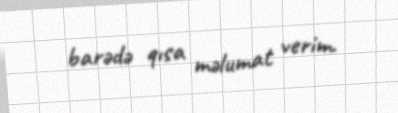
barədə qısa məlumat verim.